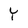
Character: Y